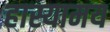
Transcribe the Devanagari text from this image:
हास्यामय